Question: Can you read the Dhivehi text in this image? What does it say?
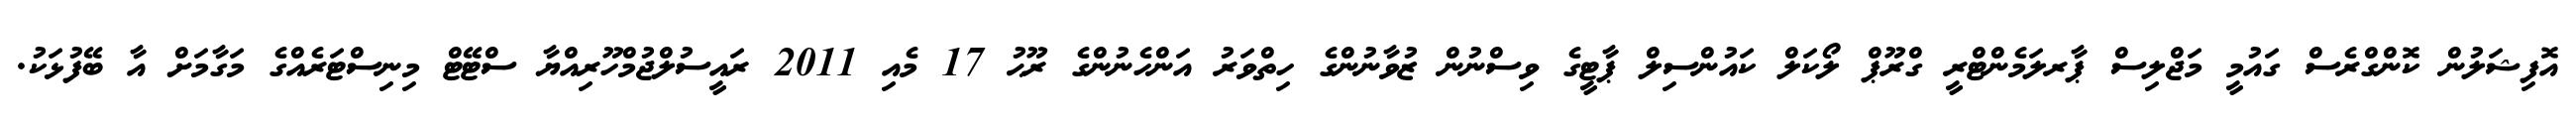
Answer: އޮފިޝަލުން ކޮންގްރެސް ގައުމީ މަޖްލިސް ޕާރލަމެންޓްރީ ގްރޫޕް ލޯކަލް ކައުންސިލް ޕާޓީގެ ވިސްނުން ޒުވާނުންގެ ހިތްވަރު އަންހެނުންގެ ރޫޙު 17 މެއި 2011 ރައީސުލްޖުމްހޫރިއްޔާ ސްޓޭޓް މިނިސްޓަރެއްގެ މަގާމަށް އާ ބޭފުޅަކު.